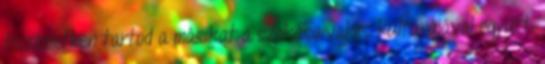
tiszteletben tartod a másikat a szokásaival és kultúrájával együtt,